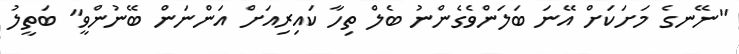
"ނޭނގެ މަށަކަށް އޭނަ ބަލަންވެގެންނު ބެލް ތިހާ ކައިރިއަށް އަންނަން ބޭނުންވީ" ބަތީލު